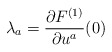
\begin{align*}\lambda_a=\frac{\partial F^{(1)}}{\partial u^a}(0)\end{align*}